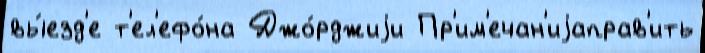
вы́езд'е т'ел'ефо́на Джо́рджиjи Пр'им'ечан'иjаправ'ить